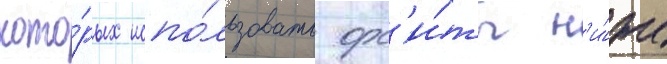
кото́рых испо́льзовать орб'и́ты н'и́же